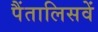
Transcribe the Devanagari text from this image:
पैंतालिसवें